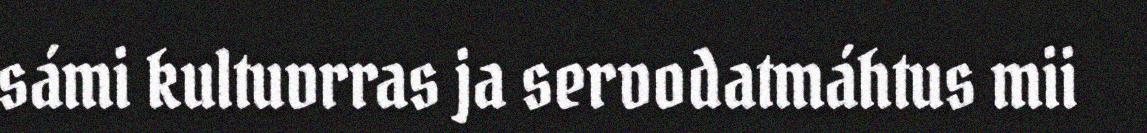
sámi kultuvrras ja servodatmáhtus mii